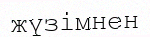
жүзімнен